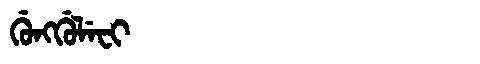
Manchu: ᡤᡠᠩᡤᡠᠯᡝᠸᡳ
Romanization: GUNGGULEFI